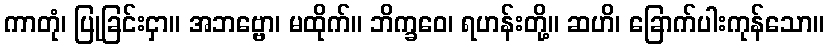
ကာတုံ၊ ပြုခြင်းငှာ။ အဘဗ္ဗော၊ မထိုက်။ ဘိက္ခဝေ၊ ရဟန်းတို့။ ဆဟိ၊ ခြောက်ပါးကုန်သော။